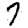
Digit: 7